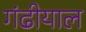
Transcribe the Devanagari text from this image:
गंढीयाल